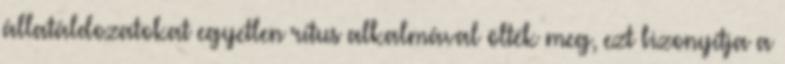
állatáldozatokat egyetlen rítus alkalmával ölték meg, ezt bizonyítja a